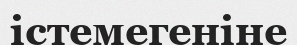
істемегеніне